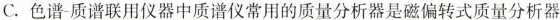
C. 色谱-质谱联用仪器中质谱仪常用的质量分析器是磁偏转式质量分析器